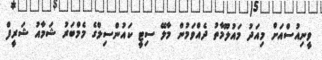
ވީނިއުސްްއަށް މިއަދު މައުލޫމާތު ދެއްވަމުން މާލޭ ސިޓީ ކައުންސިލްގެ މެމްބަރު ޝަމާއު ޝަރީފް